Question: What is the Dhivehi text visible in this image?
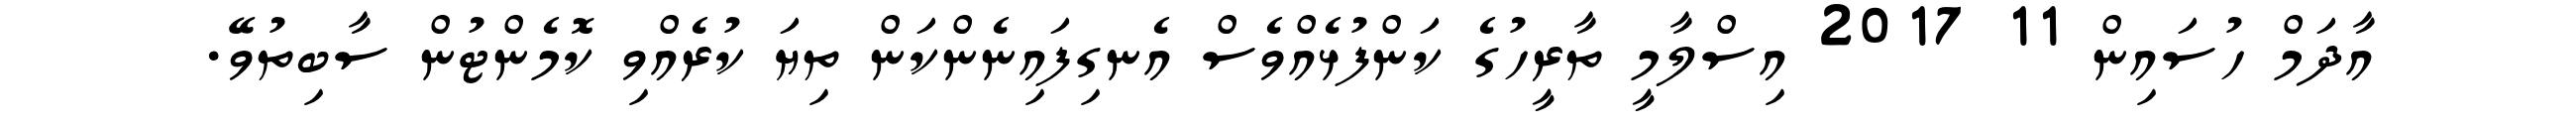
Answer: އާދަމް ހުސައިން 11 2017 އިސްލާމީ ތާރީހުގެ ކަންފުޅެއްވެސް އެނގިފައިނެންކަން ތިޔަ ކުރެއްވި ކޮމެންޓުން ސާބިތުވޭ.